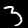
Label: 3